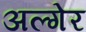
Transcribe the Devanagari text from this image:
अल्गेर